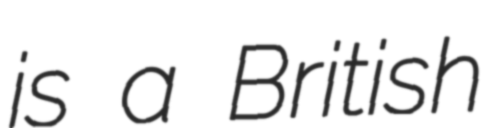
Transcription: is a British